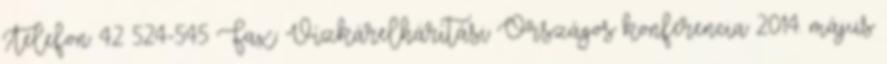
Telefon: 42 524-545 Fax: Vízkárelhárítási Országos konferencia 2014. május